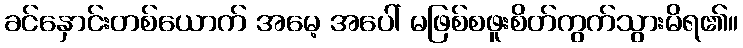
ခင်နှောင်းတစ်ယောက် အမေ့ အပေါ် မဖြစ်စဖူးစိတ်ကွက်သွားမိရ၏။